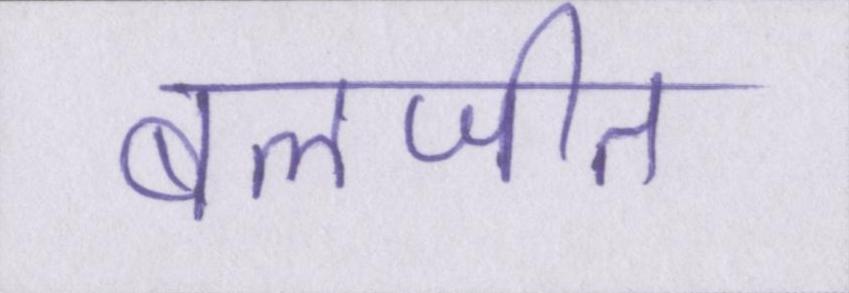
बलजीत